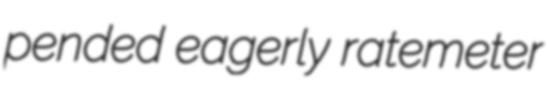
pended eagerly ratemeter